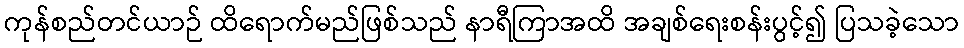
ကုန်စည်တင်ယာဉ် ထိရောက်မည်ဖြစ်သည် နာရီကြာအထိ အချစ်ရေးစန်းပွင့်၍ ပြသခဲ့သော